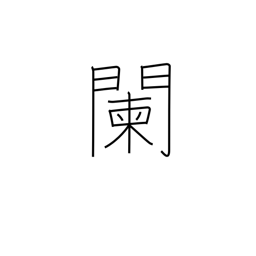
Meaning: be well along